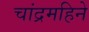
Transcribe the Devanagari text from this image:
चांद्रमहिने